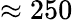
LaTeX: \approx 250